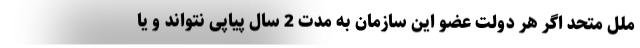
ملل متحد اگر هر دولت عضو این سازمان به مدت 2 سال پیاپی نتواند و یا